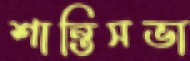
শান্তিসভা